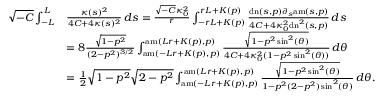
\begin{array} { r l } { \sqrt { - C } \int _ { - L } ^ { L } } & { \frac { \kappa ( s ) ^ { 2 } } { 4 C + 4 \kappa ( s ) ^ { 2 } } \, d s = \frac { \sqrt { - C } \kappa _ { 0 } ^ { 2 } } { r } \int _ { - r L + K ( p ) } ^ { r L + K ( p ) } \frac { \mathrm { d n } ( s , p ) \partial _ { s } \mathrm { a m } ( s , p ) } { 4 C + 4 \kappa _ { 0 } ^ { 2 } \mathrm { d n } ^ { 2 } ( s , p ) } \, d s } \\ & { = 8 \frac { \sqrt { 1 - p ^ { 2 } } } { ( 2 - p ^ { 2 } ) ^ { 3 / 2 } } \int _ { \mathrm { a m } ( - L r + K ( p ) , p ) } ^ { \mathrm { a m } ( L r + K ( p ) , p ) } \frac { \sqrt { 1 - p ^ { 2 } \sin ^ { 2 } ( \theta ) } } { 4 C + 4 \kappa _ { 0 } ^ { 2 } ( 1 - p ^ { 2 } \sin ^ { 2 } ( \theta ) ) } \, d \theta } \\ & { = \frac { 1 } { 2 } \sqrt { 1 - p ^ { 2 } } \sqrt { 2 - p ^ { 2 } } \int _ { \mathrm { a m } ( - L r + K ( p ) , p ) } ^ { \mathrm { a m } ( L r + K ( p ) , p ) } \frac { \sqrt { 1 - p ^ { 2 } \sin ^ { 2 } ( \theta ) } } { 1 - p ^ { 2 } ( 2 - p ^ { 2 } ) \sin ^ { 2 } ( \theta ) } \, d \theta . } \end{array}